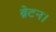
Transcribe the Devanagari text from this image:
ब्रेटन।